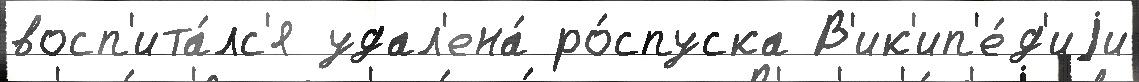
восп'ита́лс'я удал'ена́ ро́спуска В'ик'ип'е́д'иjи